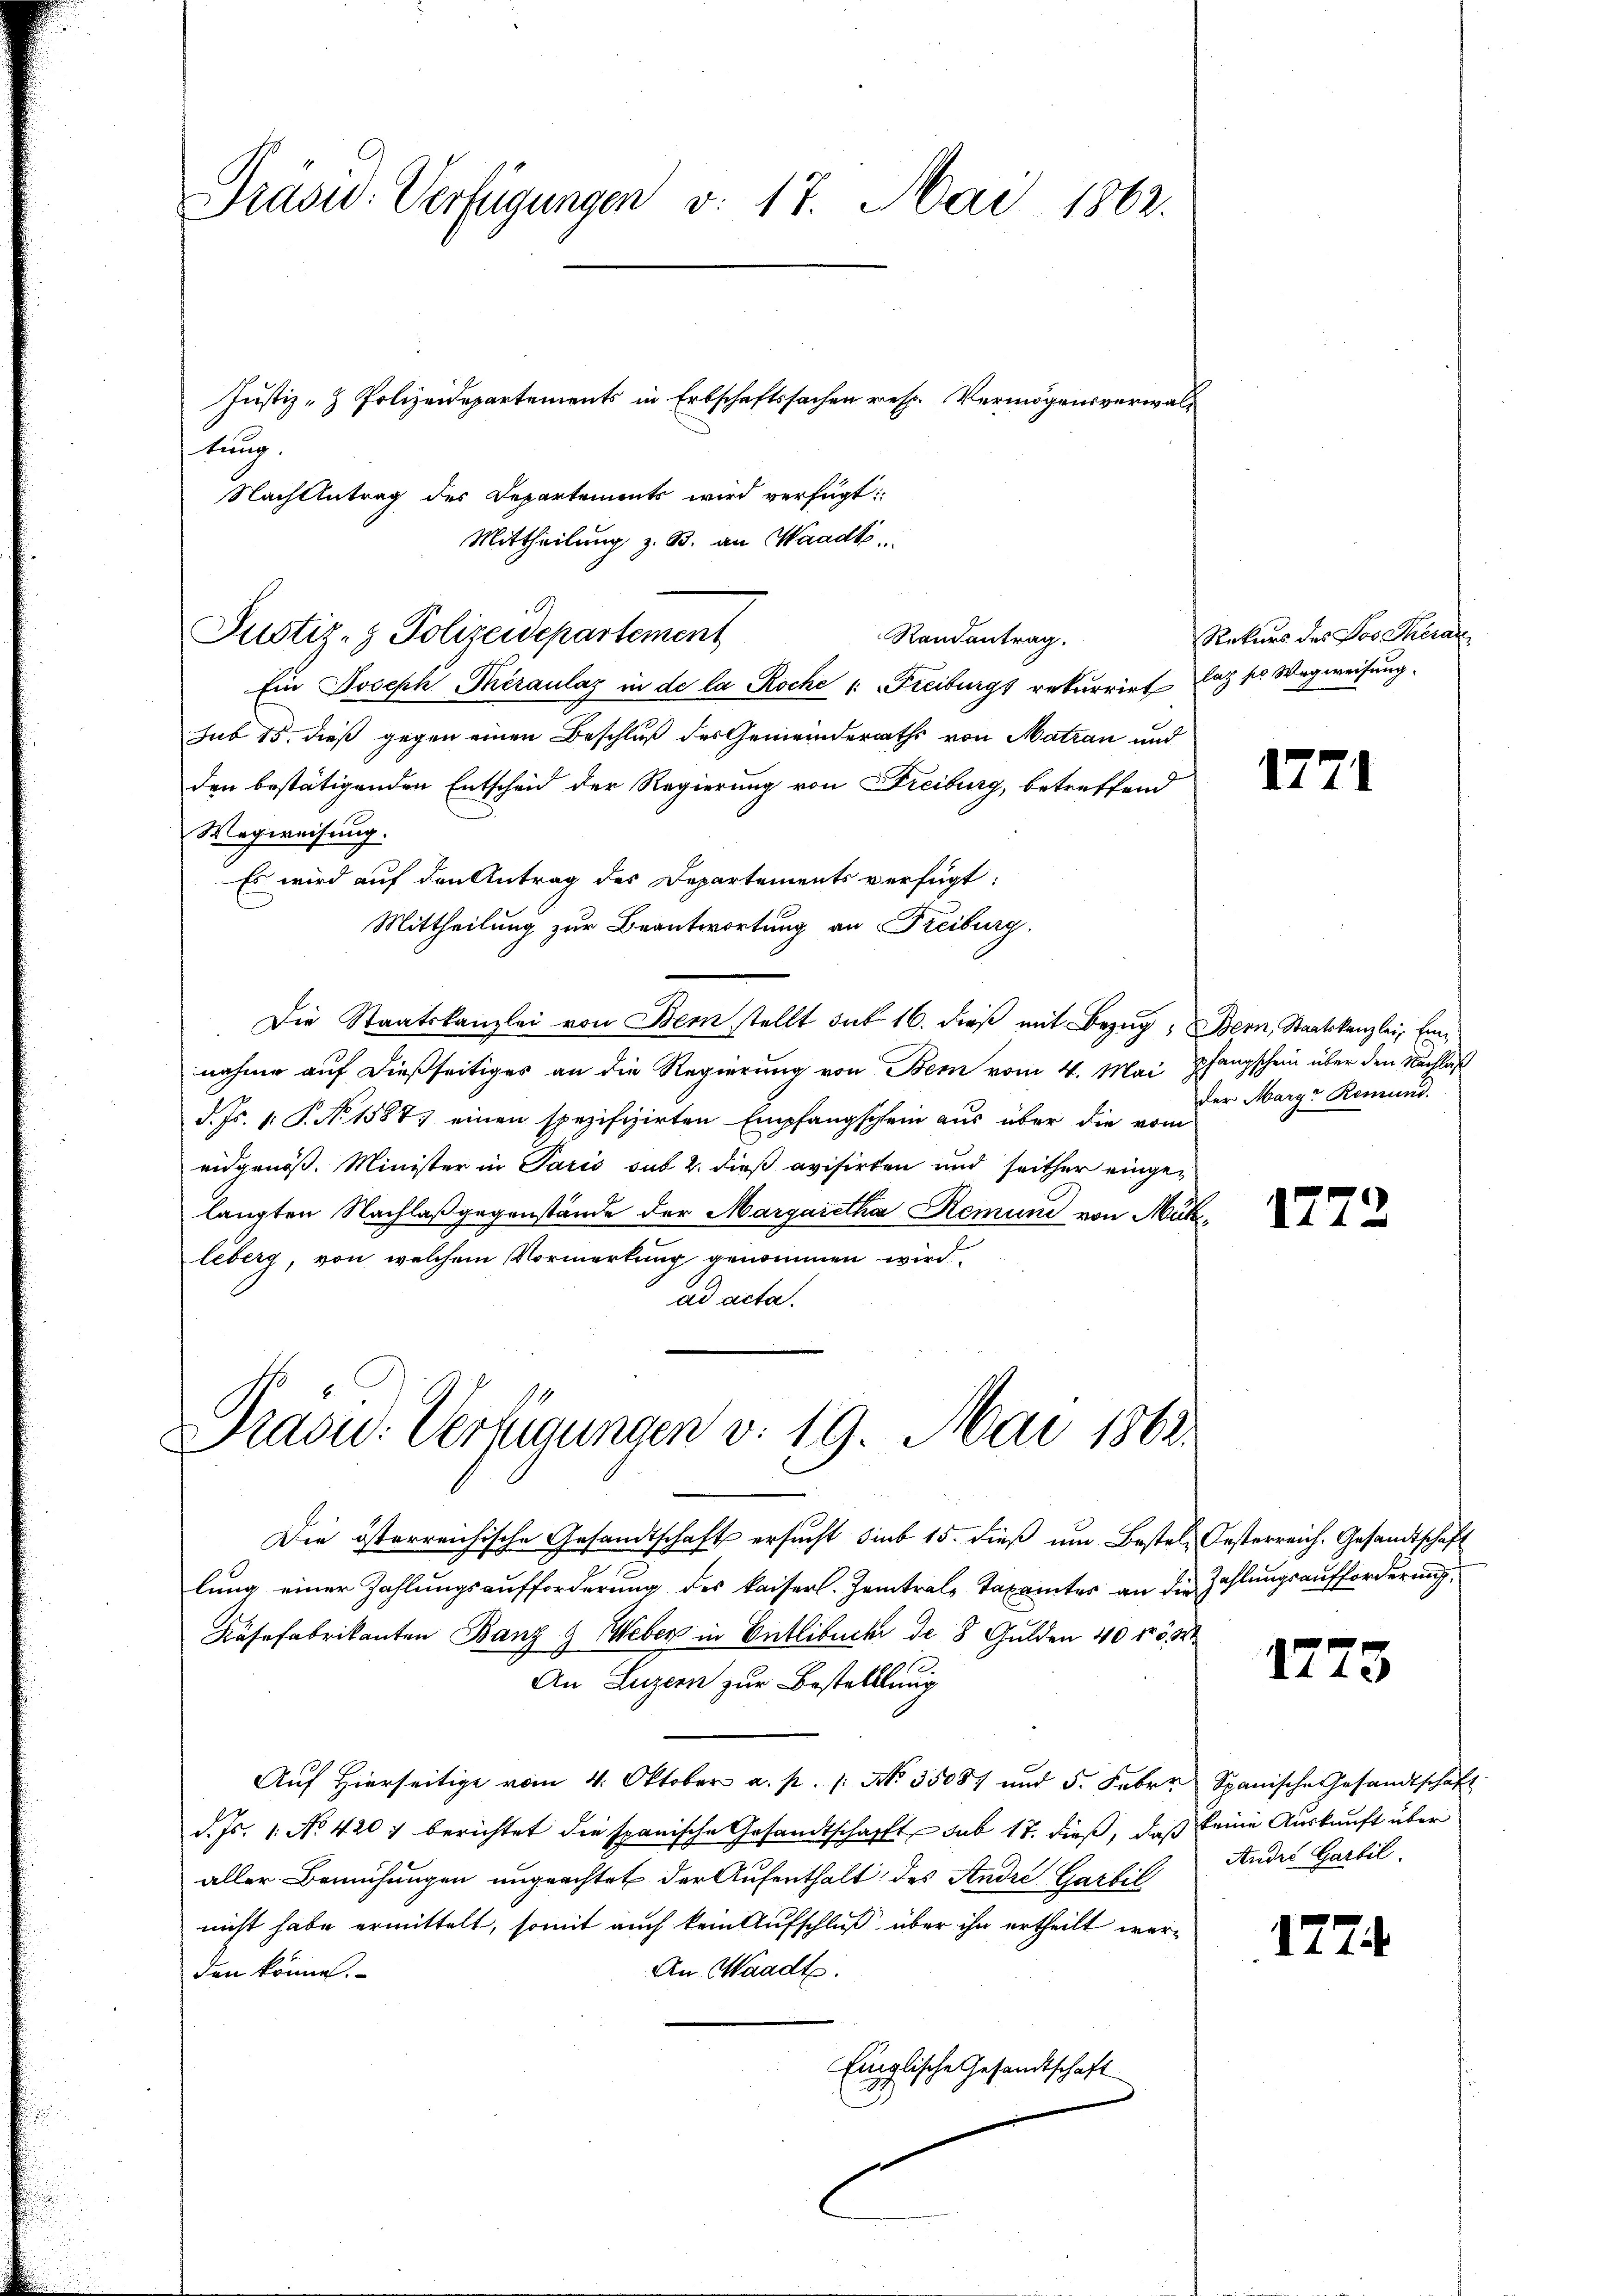
Präsid. Verfügungen v. 17. Mai 1862.
Justiz- & Polizeidepartements in Erbschaftssachen resp. Vermögensverwaltung.

Nachantrag des Departements wird verfügt:
Mittheilung z. B. an Waadt,

sub 15. dieß gegen einen Beschluß des Gemeinderaths von Matian und
den bestätigenden Entscheid der Regierung von Freiburg, betreffend
Wegweisung.
Es wird auf den Antrag des Departements verfügt:
Mittheilung zur Beantwortung an Freiburg.
Die Staatskanzlei von Dem stellt sub 16. dieß mit Bezug, Bern, Staatskanzlei Einnahme auf dießseitiges an die Regierung von Bem vom 4. Mai
d. Js. v. P. No 1588) einen spezifizirten Empfangschein aus über die vom
eidgenöß. Minister in Paris sub 2. dieß evisirten und seither eingelangten Nachlaß gegenstände der Margaretha Remune von Mühleberg, von welchem Vormerkung genommen wird
ad acta.

Justiz- & Polizeidepartement
Randantrag.
Ein Joseph Theraulas in de la Roche u. Freiburgs rekurrirt latz po Wegweisung.

Prasid. Verfügungen v. 19. Mai 1868.

Rekurs des Dos Theran

Die österreichische Gesandtschaft ersucht sieb 15. dieß um Bestel, Oesterreich. Gesandtschaft
.
lung einer Zahlungsaufforderung des kaiserl. Zeitrale Taxamtes an die Zahlungsaufforderung
Räsefabrikanten Banz & Weber in Entlebuche de 8 Gulden 40 n 5. 824
An Luzern zur Bestelllung
Aŭf Hierseitige vom 4. Oktober a. p. 1. No. 35087 und 5. Febr. Spanische Gesandtschaft
d. Js. 1. No. 4207 berichtet die spanische Gesandtschafft sub 17. dieß, daß keine Auskunft über
aller Bemühungen ungeachtet der Aufenthalt des Andre Garbil
nicht habe ermittelt, somit auch kein Aufschluß über ihn ertheilt wer¬
An Waadt.
den könne.
Einglische Gesandtschaft

1771

pfangschein über den Nachlaß
der Margr Remund.

17

0

1273

Andre Garbil

177